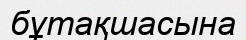
бұтақшасына